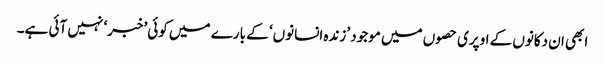
ابھی ان دکانوں کے اوپری حصوں میں موجود ’زندہ انسانوں‘ کے بارے میں کوئی ’خبر‘ نہیں آئی ہے۔